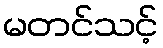
မတင်သင့်